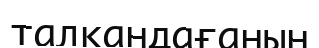
талқандағанын